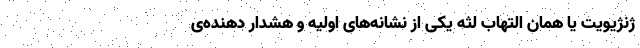
ژنژیویت یا همان التهاب لثه یکی از نشانه‌های اولیه و هشدار دهنده‌ی